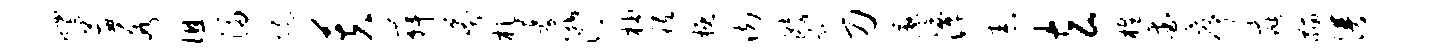
帽蕙各徂浸境芙舞莽札募潸柚祗概肉漪甑刀廖潭舂玄樵爱序疵黼谱